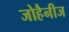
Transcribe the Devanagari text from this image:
जोहैनीज